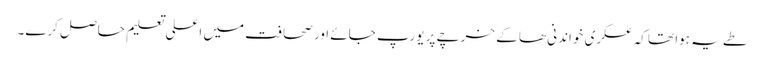
طے یہ ہوا تھا کہ عسکری خواندنی ھا کے خرچے پر یورپ جائے اور صحافت میں اعلی تعلیم حاصل کرے۔